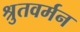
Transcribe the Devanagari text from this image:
श्रुतवर्मन